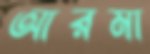
আরমা